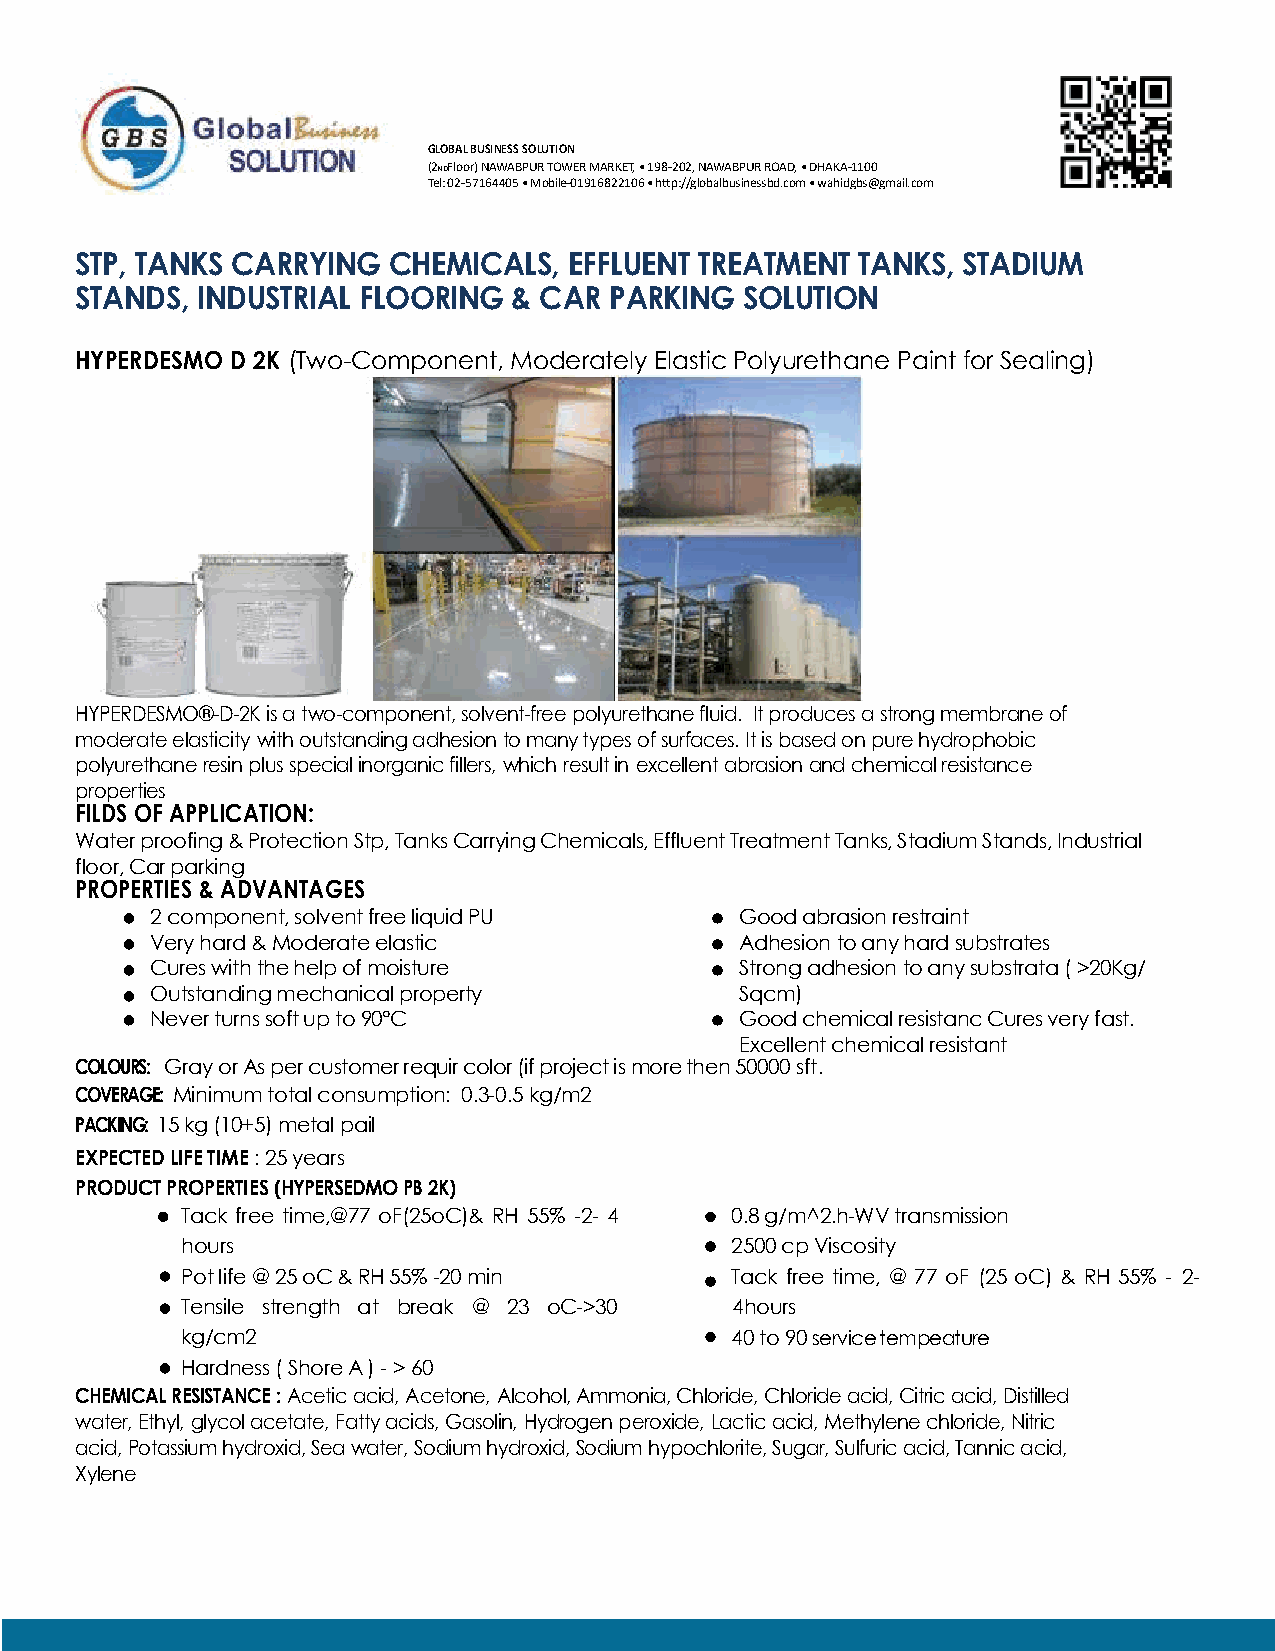
GLOBAL BUSINESS SOLUTION
 (2NDFloor) NAWABPUR TOWER MARKET, • 198-202, NAWABPUR ROAD, • DHAKA-1100
 Tel: 02-57164405 • Mobile-01916822106 • h�p://globalbusinessbd.com • wahidgbs@gmail.com
 STP, TANKS CARRYING  CHEMICALS,  EFFLUENT TREATMENT TANKS, STADIUM
 STANDS, INDUSTRIAL FLOORING  & CAR PARKING  SOLUTION
 HYPERDESMO D 2K (Two-Component, Moderately Elastic Polyurethane Paint for Sealing)
 HYPERDESMO®-D-2K is a two-component, solvent-free polyurethane fluid. It produces a strong membrane of
 moderate elasticity with outstanding adhesion to many types of surfaces. It is based on pure hydrophobic
 polyurethane resin plus special inorganic fillers, which result in excellent abrasion and chemical resistance
 properties
 FILDS OF APPLICATION:
 Water proofing & Protection Stp, Tanks Carrying Chemicals, Effluent Treatment Tanks, Stadium Stands, Industrial
 floor, Car parking
 PROPERTIES & ADVANTAGES
 2 component, solvent free liquid PU    Good abrasion restraint
 Very hard & Moderate elastic           Adhesion to any hard substrates
 Cures with the help of moisture        Strong adhesion to any substrata ( >20Kg/
 Outstanding mechanical property        Sqcm)
 Never turns soft up to 90°C            Good chemical resistanc Cures very fast.
 Excellent chemical resistant
 COLOURS: Gray or As per customer requir color (if project is more then 50000 sft.
 COVERAGE: Minimum total consumption: 0.3-0.5 kg/m2
 PACKING: 15 kg (10+5) metal pail
 EXPECTED LIFE TIME : 25 years
 PRODUCT PROPERTIES (HYPERSEDMO PB 2K)
 Tack free time,@77 oF(25oC)& RH 55% -2- 4 0.8 g/m^2.h-WV transmission
 hours                               2500 cp Viscosity
 Pot life @ 25 oC & RH 55% -20 min   Tack free time, @ 77 oF (25 oC) & RH 55% - 2-
 Tensile strength at break @ 23 oC->30 4hours
 kg/cm2                              40 to 90 service tempeature
 Hardness ( Shore A ) - > 60
 CHEMICAL RESISTANCE : Acetic acid, Acetone, Alcohol, Ammonia, Chloride, Chloride acid, Citric acid, Distilled
 water, Ethyl, glycol acetate, Fatty acids, Gasolin, Hydrogen peroxide, Lactic acid, Methylene chloride, Nitric
 acid, Potassium hydroxid, Sea water, Sodium hydroxid, Sodium hypochlorite, Sugar, Sulfuric acid, Tannic acid,
 Xylene